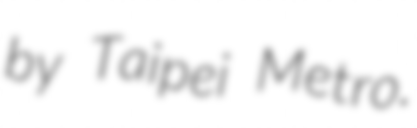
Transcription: by Taipei Metro.